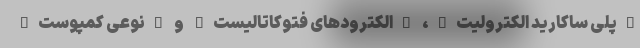
"پلی ساکارید الکترولیت"، "الکترودهای فتوکاتالیست" و "نوعی کمپوست"